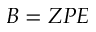
B = Z P E